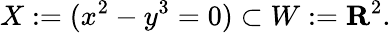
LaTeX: X:=(x^{2}-y^{3}=0)\subset W:=\mathbf{R}^{2}.